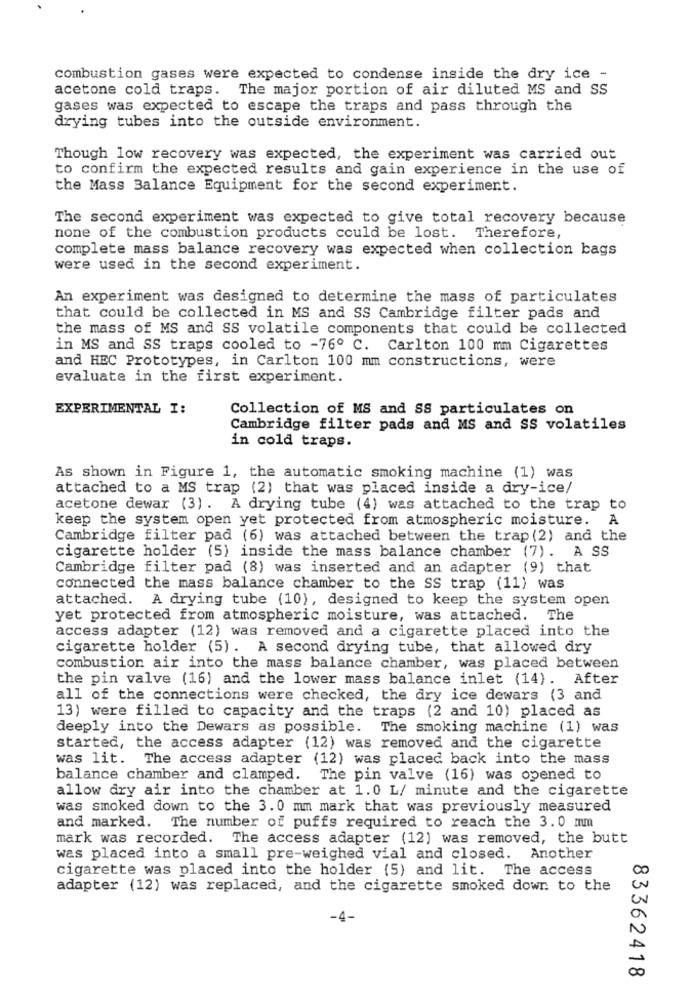
combustion gases were expected to condense inside the dry ice -
acetone cold traps. The major portion of air diluted MS and SS
gases was expected to escape the traps and pass through the
drying tubes into the outside environment.
Though low recovery was expected, the experiment was carried out
to confirm the expected results and gain experience in the use of
the Mass Balance Equipment for the second experiment.
The second experiment was expected to give total recovery because
none of the combustion products could be lost. Therefore,
complete mass balance recovery was expected when collection bags
were used in the second experiment.
An experiment was designed to determine the mass of particulates
that could be collected in MS and SS Cambridge filter pads and
the mass of MS and SS volatile components that could be collected
in MS and SS traps cooled to -76º C. Carlton 100 mm Cigarettes
and HEC Prototypes, in Carlton 100 mm constructions, were
evaluate in the first experiment.
EXPERIMENTAL I:
Collection of MS and SS particulates on
Cambridge filter pads and MS and SS volatiles
in cold traps.
As shown in Figure 1, the automatic smoking machine (1) was
attached to a MS trap (2) that was placed inside a dry-ice/
acetone dewar (3). A drying tube (4) was attached to the trap to
keep the system open yet protected from atmospheric moisture. A
Cambridge filter pad (6) was attached between the trap (2) and the
cigarette holder (5) inside the mass balance chamber (7). A SS
Cambridge filter pad (8) was inserted and an adapter (9) that
connected the mass balance chamber to the SS trap (11) was
attached. A drying tube (10), designed to keep the system open
yet protected from atmospheric moisture, was attached. The
access adapter (12) was removed and a cigarette placed into the
cigarette holder (5). A second drying tube, that allowed dry
combustion air into the mass balance chamber, was placed between
the pin valve (16) and the lower mass balance inlet (14). After
all of the connections were checked, the dry ice dewars (3 and
13) were filled to capacity and the traps (2 and 10) placed as
deeply into the Dewars as possible. The smoking machine (1) was
started, the access adapter (12) was removed and the cigarette
was lit. The access adapter (12) was placed back into the mass
balance chamber and clamped. The pin valve (16) was opened to
allow dry air into the chamber at 1.0 L/ minute and the cigarette
was smoked down to the 3.0 mm mark that was previously measured
and marked. The number of puffs required to reach the 3.0 mm
mark was recorded. The access adapter (12) was removed, the butt
was placed into a small pre-weighed vial and closed. Another
cigarette was placed into the holder (5) and lit. The access
CO
adapter (12) was replaced, and the cigarette smoked down to the
-4-
00
83362418